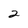
Character: 2